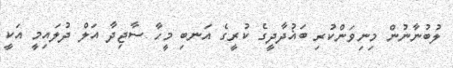
ލުބުނާނުން މިނިވަންކުރި ބަޣުދާދީގެ ކުރީގެ އަނބި މީހާ ސާޖިދާ އަލް ދުލައިމީ އަކީ